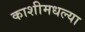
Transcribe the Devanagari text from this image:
काशीमधल्या